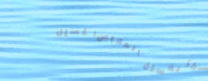
مركز لغسيل الملابس: غسيل